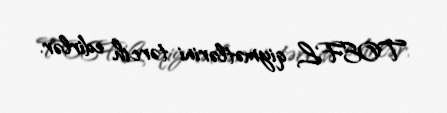
TOEFL qiymətlərini tərcih edirlər.